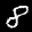
Label: 8